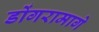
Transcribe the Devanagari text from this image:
डोंगरामागे